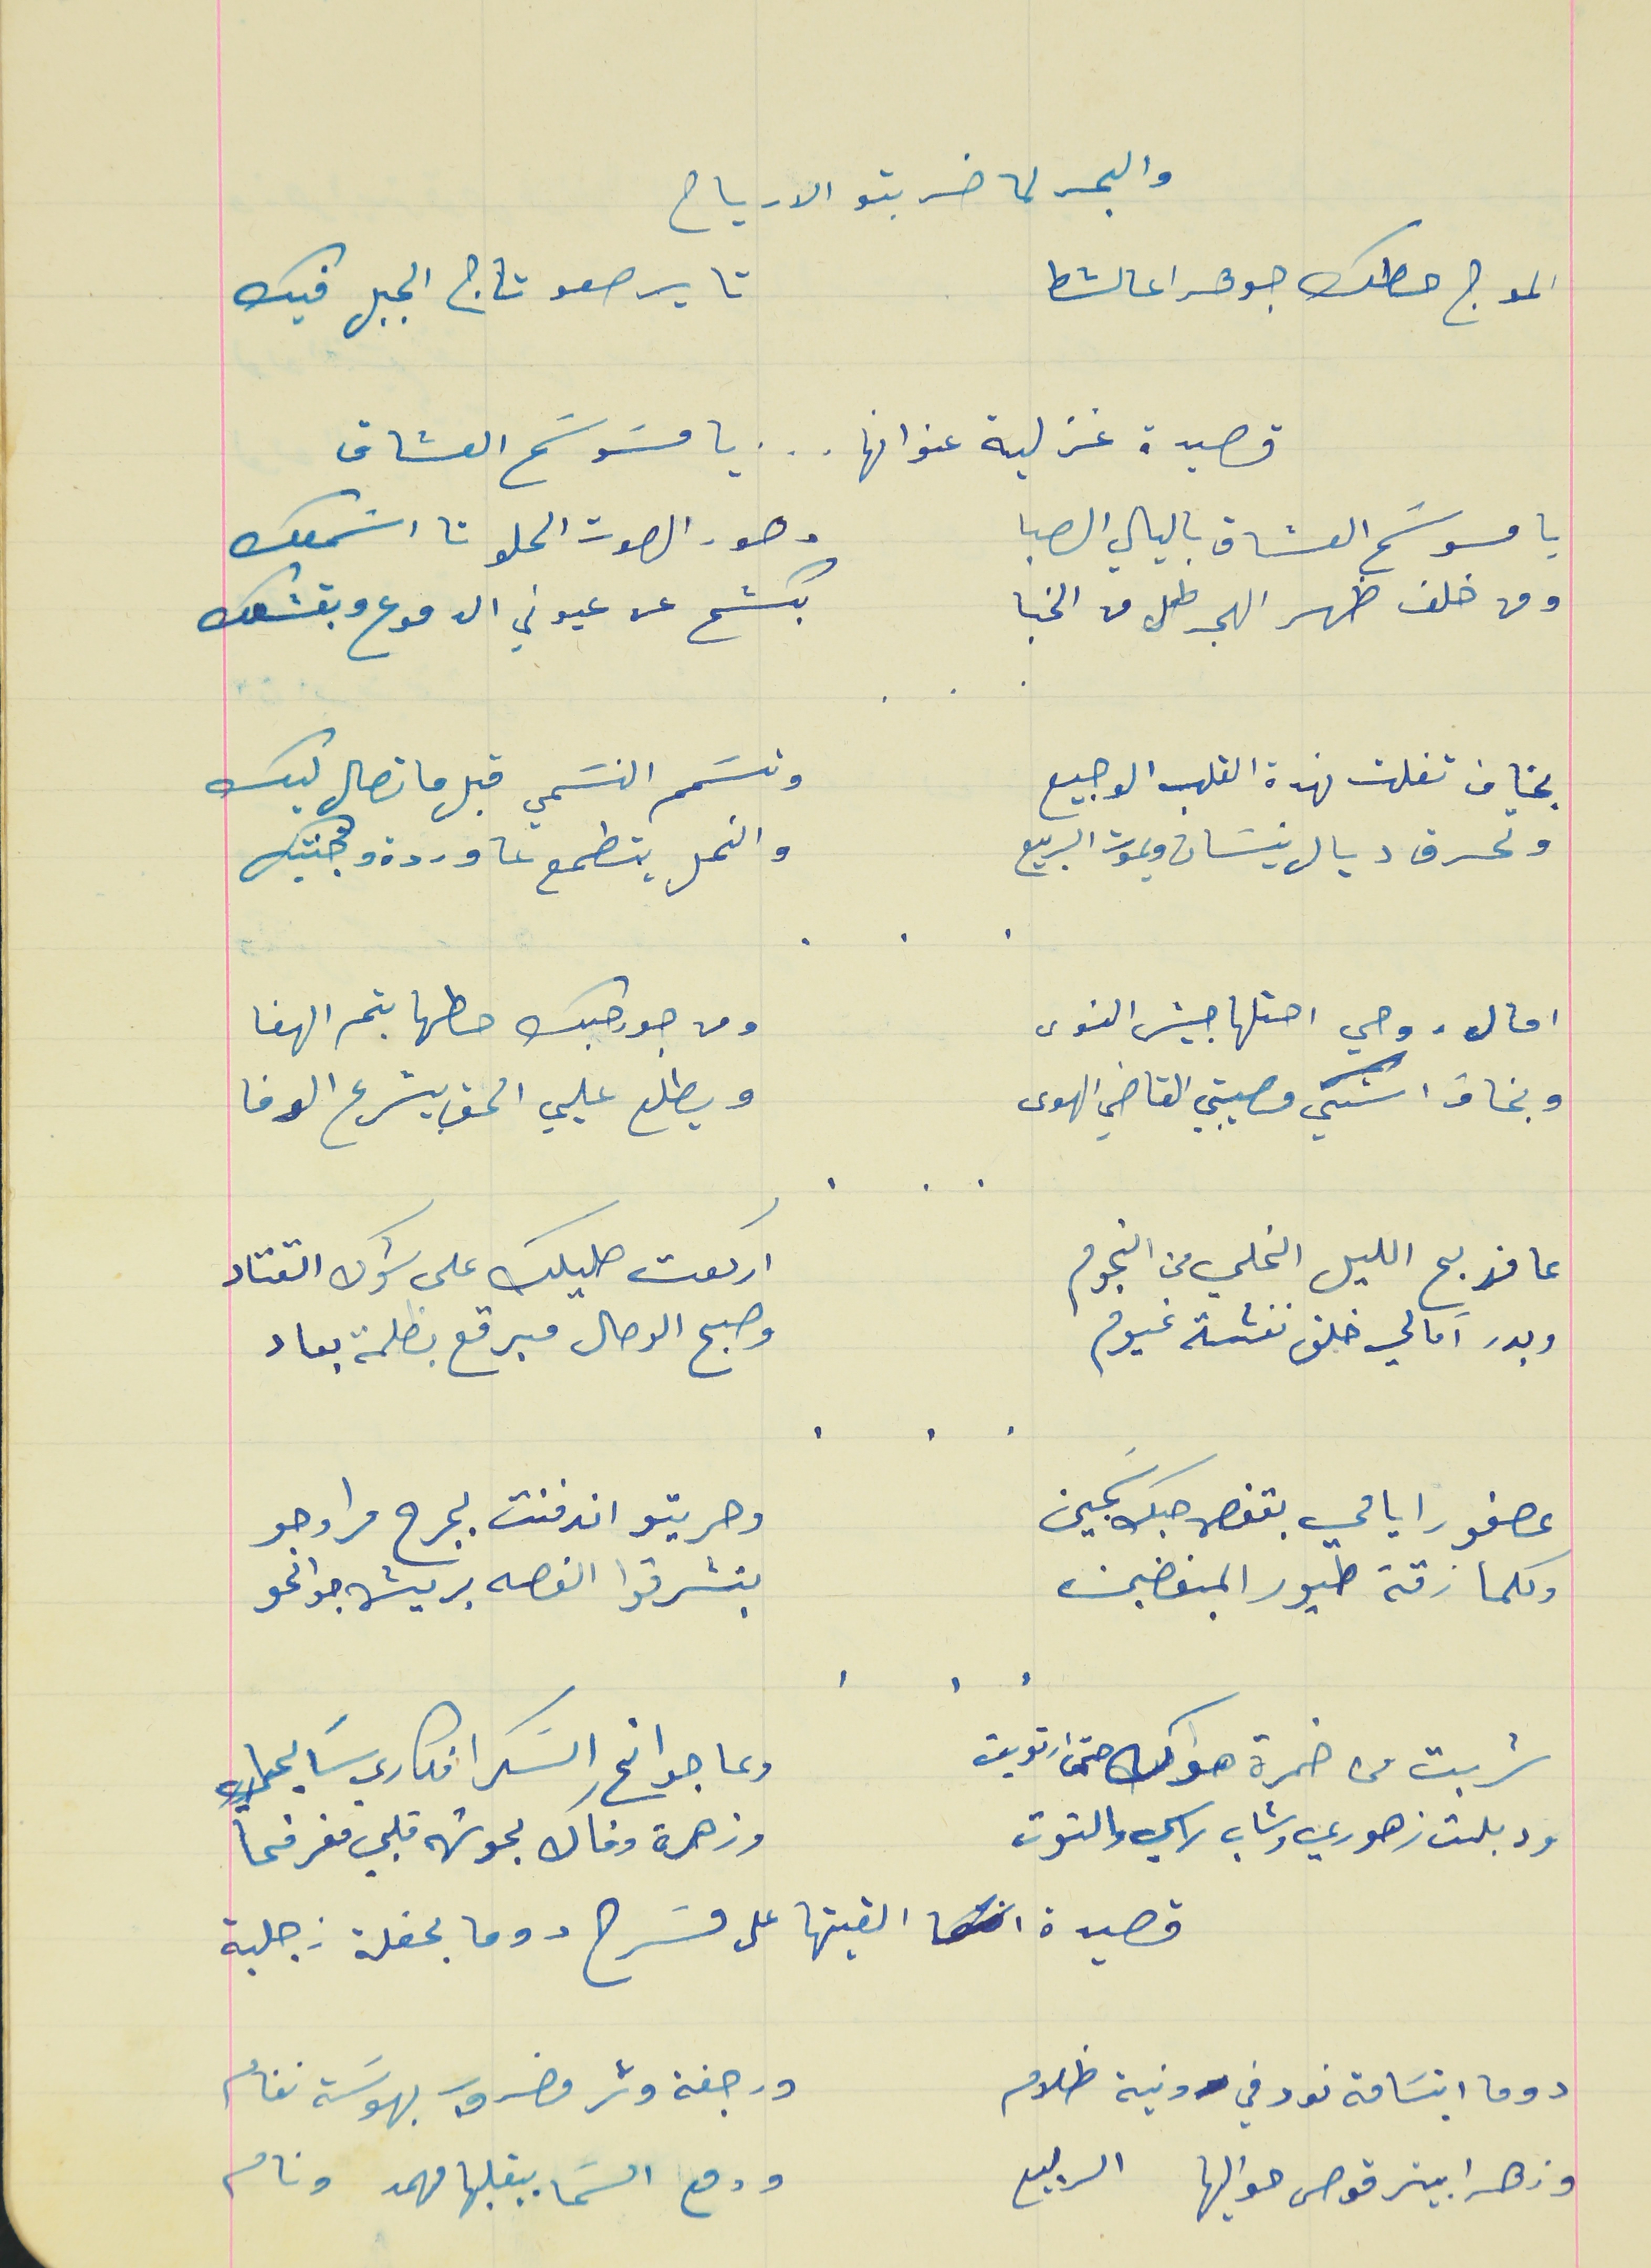
والبحر لما ضربتو الارياح
الموج حطك جوهرا عالشط                                      تا يرصعو تاج الجبل فيك
قصيدة غزلية عنوانها   .    .   .   يا مسَوسَح العشاق
يا مسَوسَح العشاق باليالي الصبا                                  وهور الصوت الحلو تا اسَمعك
ومن خلف ظهر الهجر طل من الخبا                                بكشح عن عيوني الدموع وبقشعك
بخاف تفلت نهدة القلب الوجيع                                   وتسَمم النسَمي قبل ما تصال ليك
وتحرق ديال نيسَان ويموت الربيع                                     والنحل يتطمع عا وردة وجنتيك
امال روحي احتلها جيش النوى                                       ومن جور حبك حطها بتم الهفا
وبخاف اشكي مصيبتي القاضي الهوى                           ويطلع عليي الحق بيشرع الوفا
عا مذبح الليل الخلي من النجوم                                اركعت صليلك على شوك القتاد
وبدر آمالي خلف نفسَة غيوم                                         وصبح الرحال مبرقع بظلمة بعاد
عصفور ايامي بقفص حبك سَجين                             وحريتو اندفنت بجرح مراوحو
وكلما زقة طيور المبغضين                                        بتسَرقوا الغصه بريشة جوانحو
شربت من خمرة هواك حتى ارتويت                             وعا جوانح السَكر افكاري سَايحا
ودبلت زهوري وشاب راسي والتوت                                وزهرة وفاك بحوشها قلبي مفرفحا
قصيدة القيتها على مسَرح دوما بحفلة زجلية
دوما ابتسَامة نور في دنية ظلام                                     ورجفة وتر مضروب بهوسَة نغام
    .    .    .
    .    .    .
وزهرا بيترقوص حواليها الربيع                                        ودمع السَما بيقلبها مهمد ونام
    .    .    .
    .    .    .
    .    .    .